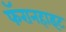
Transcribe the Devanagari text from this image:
फॅरानहाइट